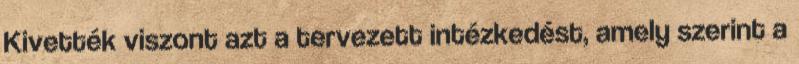
Kivették viszont azt a tervezett intézkedést, amely szerint a